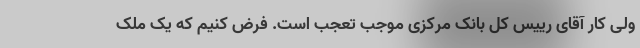
ولی کار آقای رییس کل بانک مرکزی موجب تعجب است. فرض کنیم که یک ملک